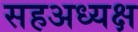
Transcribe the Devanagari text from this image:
सहअध्यक्ष